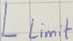
Text: Llimit